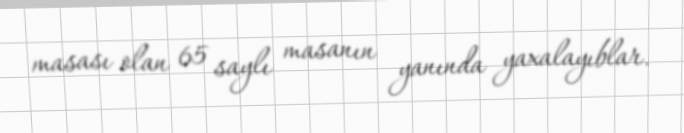
masası olan 65 saylı masanın yanında yaxalayıblar.